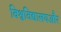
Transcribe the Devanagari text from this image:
विश्वविद्यालयऔर